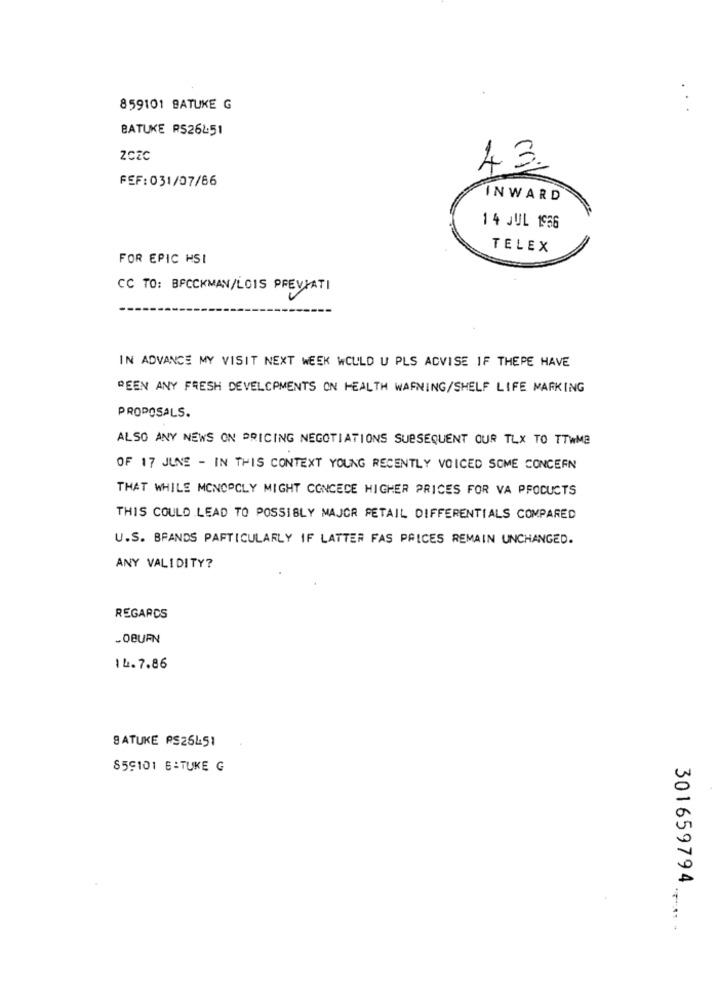
859101 BATUKE G
BATUKE RS26451
43.
FEF:031/07/86
INWARD
14 JUL 1966
TELEX
FOR EPIC HSI
CC TO: BFCCKMAN/LOIS PREVIATI
IN ADVANCE MY VISIT NEXT WEEK WOULD U PLS ADVISE IF THEPE HAVE
REEN ANY FRESH DEVELOPMENTS ON HEALTH WARNING/SHELF LIFE MARKING
PROPOSALS.
ALSO ANY NEWS ON PRICING NEGOTIATIONS SUBSEQUENT OUR TLX TO TTWMB
OF 17 JUNE - IN THIS CONTEXT YOUNG RECENTLY VOICED SOME CONCERN
THAT WHILE MONOPOLY MIGHT CONCECE HIGHER PRICES FOR VA PRODUCTS
THIS COULD LEAD TO POSSIBLY MAJOR RETAIL DIFFERENTIALS COMPARED
U.S. BRANDS PARTICULARLY IF LATTER FAS PRICES REMAIN UNCHANGED.
ANY VALIDITY?
REGARDS
-OBURN
14.7.86
BATUKE PS25L51
859101 6-TUKE G
301659794.